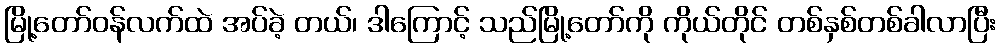
မြို့တော်ဝန်လက်ထဲ အပ်ခဲ့ တယ်၊ ဒါကြောင့် သည်မြို့တော်ကို ကိုယ်တိုင် တစ်နှစ်တစ်ခါလာပြီး